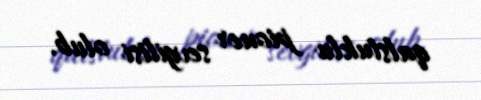
qalstuklu pioner sevgilisi olub.